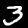
Label: 3